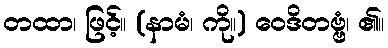
တထာ၊ ဖြင့်။ (နာမံ၊ ကို။) ဝေဒိတဗ္ဗံ၊ ၏။